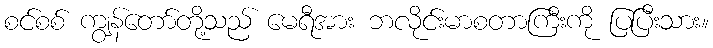
စင်စစ် ကျွန်တော်တို့သည် မေရီအား ဘလိုင်းမာစတာကြီးကို ပြပြီးသား။